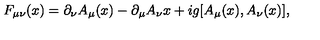
F _ { \mu \nu } ( x ) = \partial _ { \nu } A _ { \mu } ( x ) - \partial _ { \mu } A _ { \nu } { x } + i g [ A _ { \mu } ( x ) , A _ { \nu } ( x ) ] ,